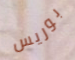
بوريس